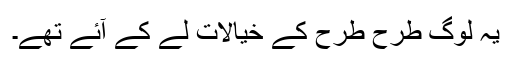
یہ لوگ طرح طرح کے خیالات لے کے آئے تھے۔